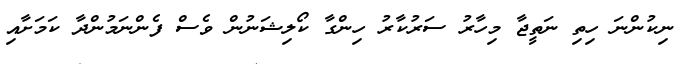
ނިކުންނަ ހިތި ނަތީޖާ މިހާރު ސަރުކާރު ހިންގާ ކޯލިޝަނުން ވެސް ފެންނަމުންދާ ކަމަށާއި